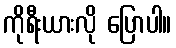
ကိုရီးယားလို ပြောပါ။